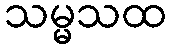
သမ္မသထ